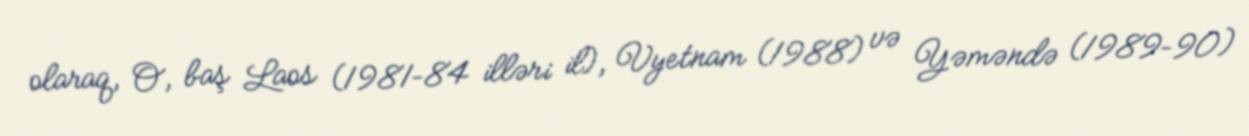
olaraq, O, baş Laos (1981–84 illəri il), Vyetnam (1988) və Yəməndə (1989–90)